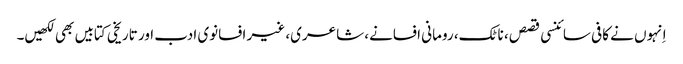
اِنہوں نے کافی سائنسی قصص، ناٹک، رومانی افسانے، شاعری، غیر افسانوی ادب اور تاریخی کتابیں بھی لکھیں۔